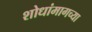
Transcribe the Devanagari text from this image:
शोधांमागच्या